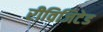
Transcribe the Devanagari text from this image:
रीविजिटेड